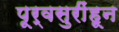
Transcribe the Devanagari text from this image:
पूर्वसुरींहून